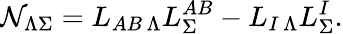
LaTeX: {\cal N}_{\Lambda\Sigma}=L_{AB\, \Lambda}L_{\Sigma}^{AB}-L_{I\, \Lambda}L_{\Sigma}^{I}.